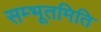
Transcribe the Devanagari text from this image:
सम्भूतमिति